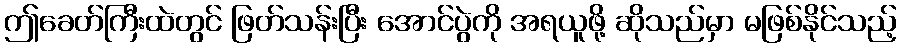
ဤခေတ်ကြီးထဲတွင် ဖြတ်သန်းပြီး အောင်ပွဲကို အရယူဖို့ ဆိုသည်မှာ မဖြစ်နိုင်သည့်